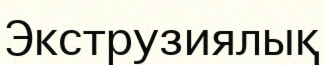
Экструзиялық